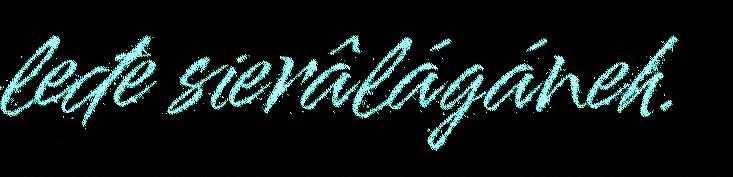
leđe sierâlágáneh.